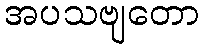
အပသဗျတော